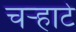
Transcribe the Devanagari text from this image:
चर्‍हाटे